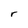
Character: r